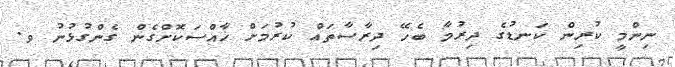
ނިންމީ ކުރިން ކަނޑުގެ ދިރުމާ ބެހޭ ދިރާސާތައް ކުރުމަށް ޚާއްސަކޮށްގެން ގެންގުޅުނު ވ.